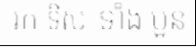
រក ទិស ទាំង បួន